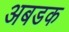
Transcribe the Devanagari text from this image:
अबडक